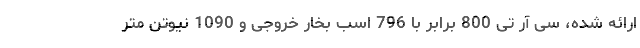
ارائه شده، سی آر تی 800 برابر با 796 اسب بخار خروجی و 1090 نیوتن متر